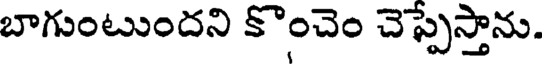
బాగుంటుందని కొంచెం చెప్పేస్తాను.